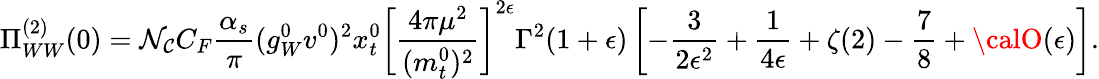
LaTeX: \Pi_{WW}^{(2)}(0)=\mathcal{N}_{\mathcal{C}}C_{F}\frac{{\alpha_{s}}}{{\pi}}(g_{W}^{0}v^{0})^{2}x_{t}^{0}\left[\frac{{4\pi\mu^{2}}}{{(m_{t}^{0})^{2}}}\right]^{2\epsilon}\Gamma^{2}(1+\epsilon)\left[-\frac{{3}}{{2\epsilon^{2}}}+\frac{{1}}{{4\epsilon}}+\zeta(2)-\frac{{7}}{{8}}+{\calO}(\epsilon)\right].